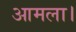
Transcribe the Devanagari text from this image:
आमला।